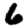
Digit: 6